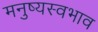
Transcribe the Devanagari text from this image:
मनुष्यस्वभाव